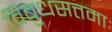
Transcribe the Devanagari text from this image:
विबुधसत्तमाः